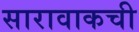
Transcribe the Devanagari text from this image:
सारावाकची